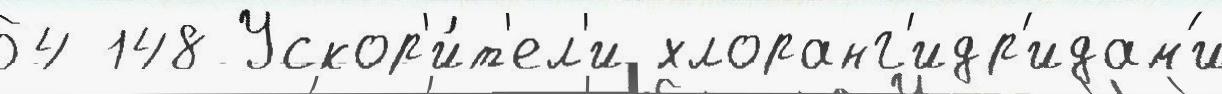
54 148 Ускор'и́т'ел'и хлоранг'идр'идам'и